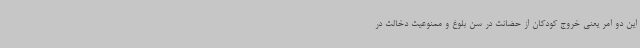
این دو امر یعنی خروج کودکان از حضانت در سن بلوغ و ممنوعیت دخالت در